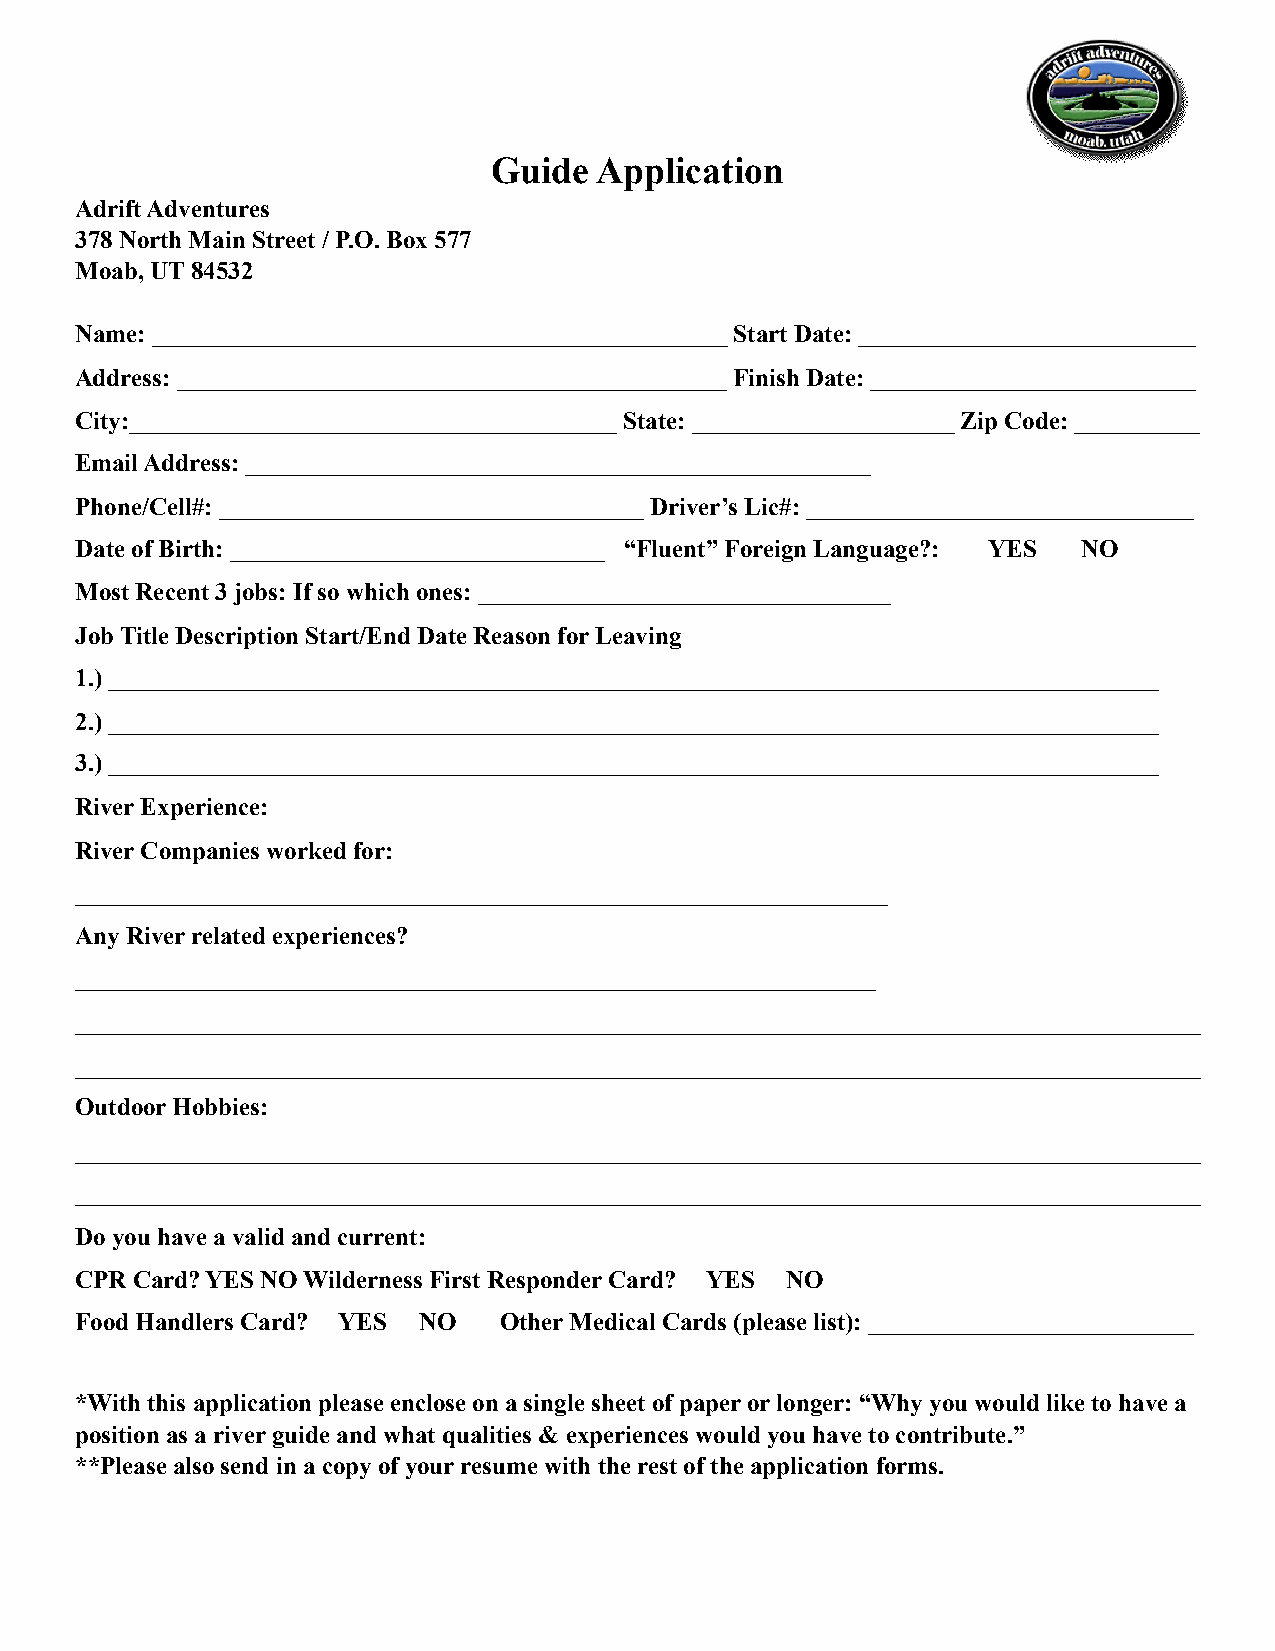
Guide Application
 Adrift Adventures
 378 North Main Street / P.O. Box 577
 Moab, UT 84532
 Name: ______________________________________________ Start Date: ___________________________
 Address: ____________________________________________ Finish Date: __________________________
 City:_______________________________________ State: _____________________ Zip Code: __________
 Email Address: __________________________________________________
 Phone/Cell#: __________________________________ Driver’s Lic#: _______________________________
 Date of Birth: ______________________________ “Fluent” Foreign Language?: YES NO
 Most Recent 3 jobs: If so which ones: _________________________________
 Job Title Description Start/End Date Reason for Leaving
 1.) ____________________________________________________________________________________
 2.) ____________________________________________________________________________________
 3.) ____________________________________________________________________________________
 River Experience:
 River Companies worked for:
 _________________________________________________________________
 Any River related experiences?
 ________________________________________________________________
 __________________________________________________________________________________________
 __________________________________________________________________________________________
 Outdoor Hobbies:
 __________________________________________________________________________________________
 __________________________________________________________________________________________
 Do you have a valid and current:
 CPR Card? YES NO Wilderness First Responder Card? YES NO
 Food Handlers Card? YES NO  Other Medical Cards (please list): __________________________
 *With this application please enclose on a single sheet of paper or longer: “Why you would like to have a
 position as a river guide and what qualities & experiences would you have to contribute.”
 **Please also send in a copy of your resume with the rest of the application forms.